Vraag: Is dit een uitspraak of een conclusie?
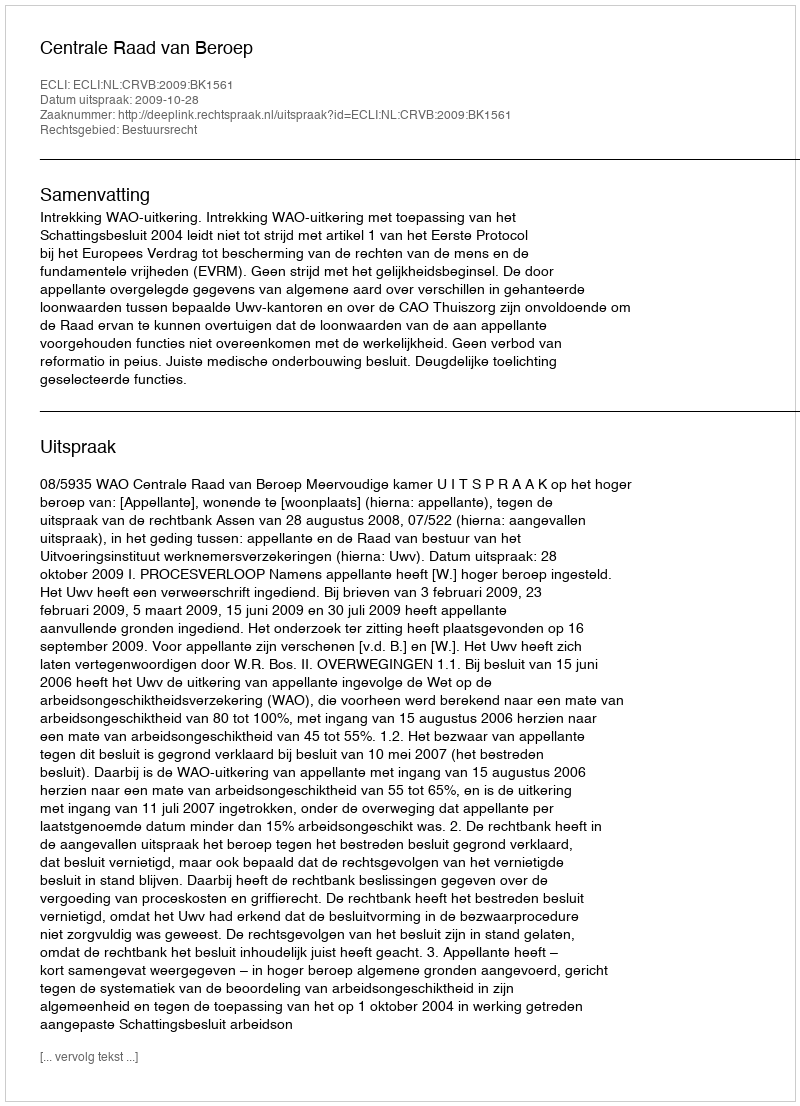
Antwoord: Uitspraak